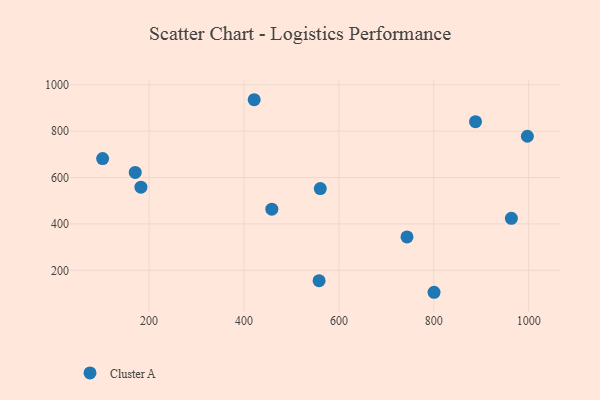
{"axis": {"x": "Price", "y": "Exam Score"}, "legend": ["Cluster A"], "data": [{"x": "182.8", "y": 558.4, "type": "Cluster A"}, {"x": "800.5", "y": 105.3, "type": "Cluster A"}, {"x": "963.5", "y": 424.2, "type": "Cluster A"}, {"x": "997.2", "y": 778.2, "type": "Cluster A"}, {"x": "558.3", "y": 155.2, "type": "Cluster A"}, {"x": "102.1", "y": 681.8, "type": "Cluster A"}, {"x": "170.8", "y": 622.2, "type": "Cluster A"}, {"x": "887.9", "y": 840.8, "type": "Cluster A"}, {"x": "458.7", "y": 463.6, "type": "Cluster A"}, {"x": "421.5", "y": 935.6, "type": "Cluster A"}, {"x": "560.8", "y": 552.5, "type": "Cluster A"}, {"x": "743.5", "y": 343.8, "type": "Cluster A"}]}